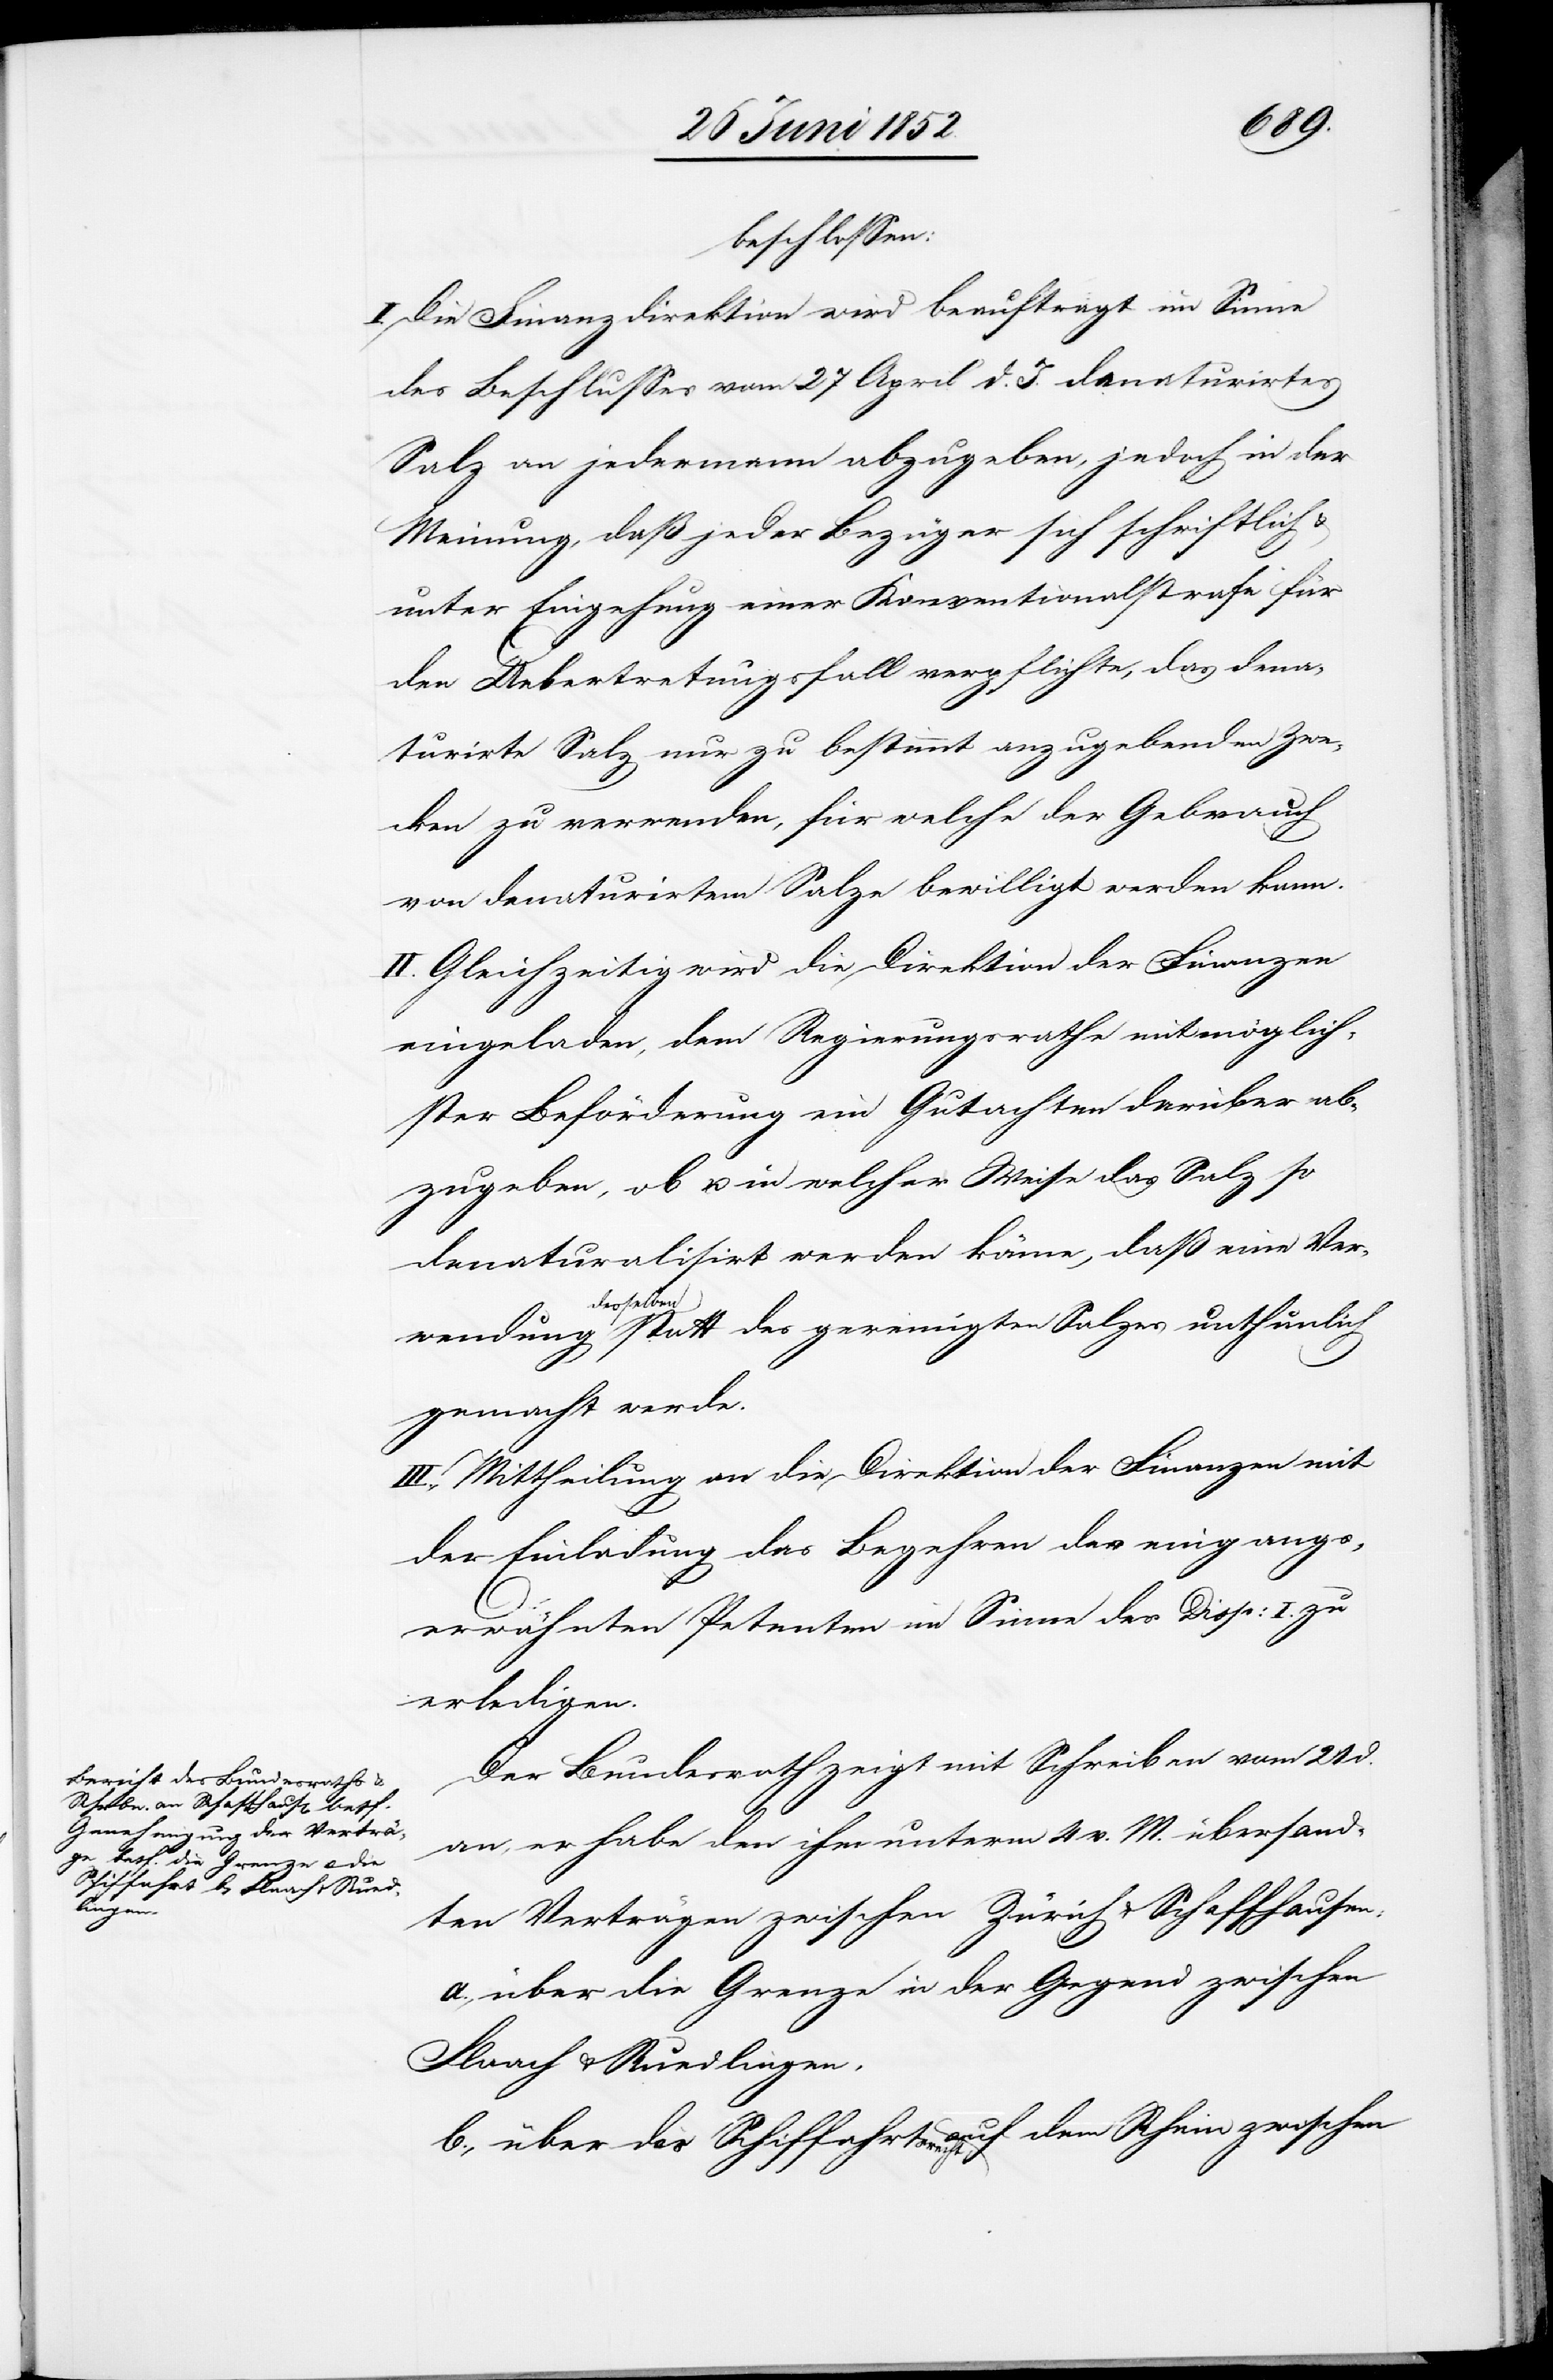
wendung

beschlossen:
I. Die Finanzdirektion wird beauftragt im Sinne
des Beschlusses vom 27 April d. J. denaturirtes
Salz an jedermann abzugeben, jedoch in der
Meinung, daß jeder Bezüger sich schriftlich &
unter Eingehung einer Konventionalstrafe für
den Uebertretungsfall verpflichte, das dena¬
turirte Salz nur zu bestimmt anzugebenden Zwe¬
cken zu verwenden, für welche der Gebrauch
von denaturirtem Salze bewilligt werden kann.
II. Gleichzeitig wird die Direktion der Finanzen
eingeladen, dem Regierungsrathe mit möglich¬
ster Beförderung ein Gutachten darüber ab¬
zugeben, ob u. in welcher Weise das Salz so
denaturalisirt werden könne, daß eine Ver¬
desselben
gemacht werde.
III., Mittheilung an die Direktion der Finanzen mit
der Einladung das Begehren des eingangse¬
rwähnten Petenten im Sinne des Disp: I. zu
erledigen.
Der Bundesrath zeigt mit Schreiben vom 21 d.
an, er habe den ihm unterm 4 v. M. übersand¬
ten Verträgen zwischen Zürich & Schaffhausen:
a., über die Grenze in der Gegend zwischen
Flaach & Ruedlingen,
b., über das Schiffahrtsrecht auf dem Rhein zwischen